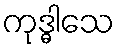
ကုဒ္ဓါသေ